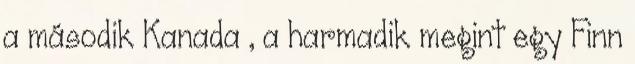
a második Kanada , a harmadik megint egy Finn